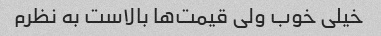
خیلی خوب ولی قیمت‌ها بالاست به نظرم